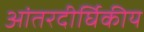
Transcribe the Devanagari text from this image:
आंतरदीर्घिकीय